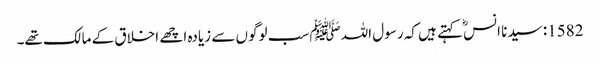
1582: سیدنا انسؓ کہتے ہیں کہ رسول اللہﷺ سب لوگوں سے زیادہ اچھے اخلاق کے مالک تھے۔